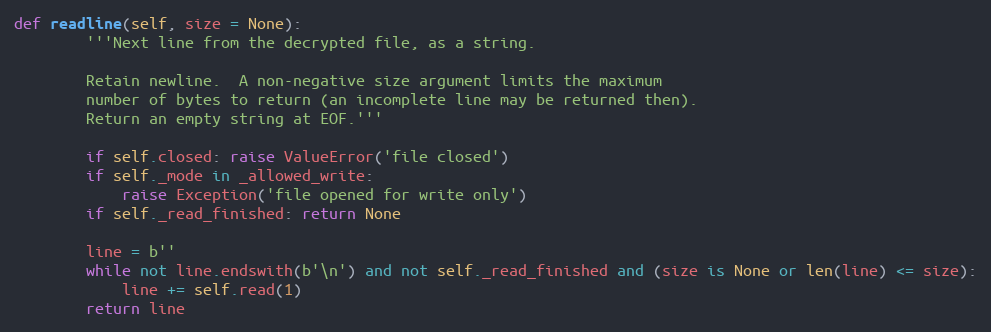
Language: Python
def readline(self, size = None):
        '''Next line from the decrypted file, as a string.

        Retain newline.  A non-negative size argument limits the maximum
        number of bytes to return (an incomplete line may be returned then).
        Return an empty string at EOF.'''

        if self.closed: raise ValueError('file closed')
        if self._mode in _allowed_write:
            raise Exception('file opened for write only')
        if self._read_finished: return None

        line = b''
        while not line.endswith(b'\n') and not self._read_finished and (size is None or len(line) <= size):
            line += self.read(1)
        return line